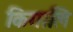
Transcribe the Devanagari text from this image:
किगालि